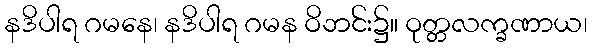
နဒိပါရ ဂမနေ၊ နဒိပါရ ဂမန ဝိဘင်း၌။ ဝုတ္တလက္ခဏာယ၊